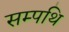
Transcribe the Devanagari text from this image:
सम्पथि